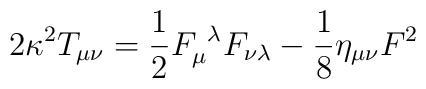
2 \kappa^2 T_{\mu \nu} = \frac{1}{2} F_\mu^{\ \lambda} F_{\nu \lambda}- \frac{1}{8} \eta_{\mu \nu} F^2